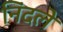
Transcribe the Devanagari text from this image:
निंदले